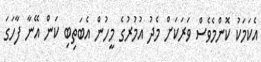
އެކަމަކު ކޮންމެވެސް ވަރަކަށް މެދު އުމުރުގެ މީހުން އެބަތިބި ކަން އޭނާ ފާހަގަ